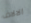
الالاف